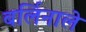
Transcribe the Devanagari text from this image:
बर्लिनाले